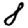
Digit: 8